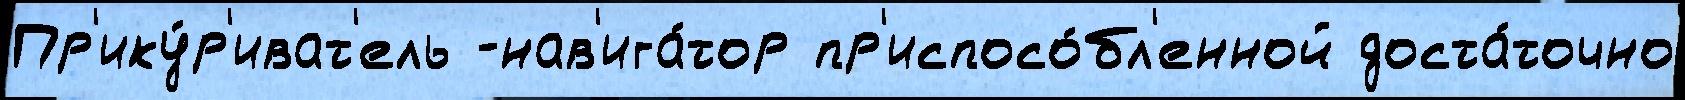
Пр'ику́р'иват'ель -нав'ига́тор пр'испосо́бл'енной доста́точно